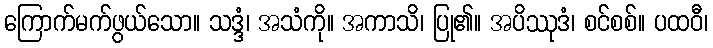
ကြောက်မက်ဖွယ်သော။ သဒ္ဒံ၊ အသံကို။ အကာသိ၊ ပြု၏။ အပိဿုဒံ၊ စင်စစ်။ ပထဝီ၊